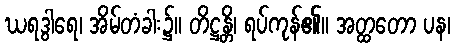
ဃရဒွါရေ၊ အိမ်တံခါး၌။ တိဋ္ဌန္တိ၊ ရပ်ကုန်၏။ အတ္ထတော ပန၊